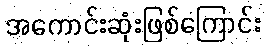
အကောင်းဆုံးဖြစ်ကြောင်း